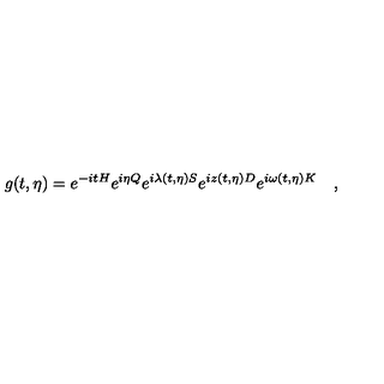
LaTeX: g ( t , \eta ) = e ^ { - i t H } e ^ { i \eta Q } e ^ { i \lambda ( t , \eta ) S } e ^ { i z ( t , \eta ) D } e ^ { i \omega ( t , \eta ) K } \quad ,